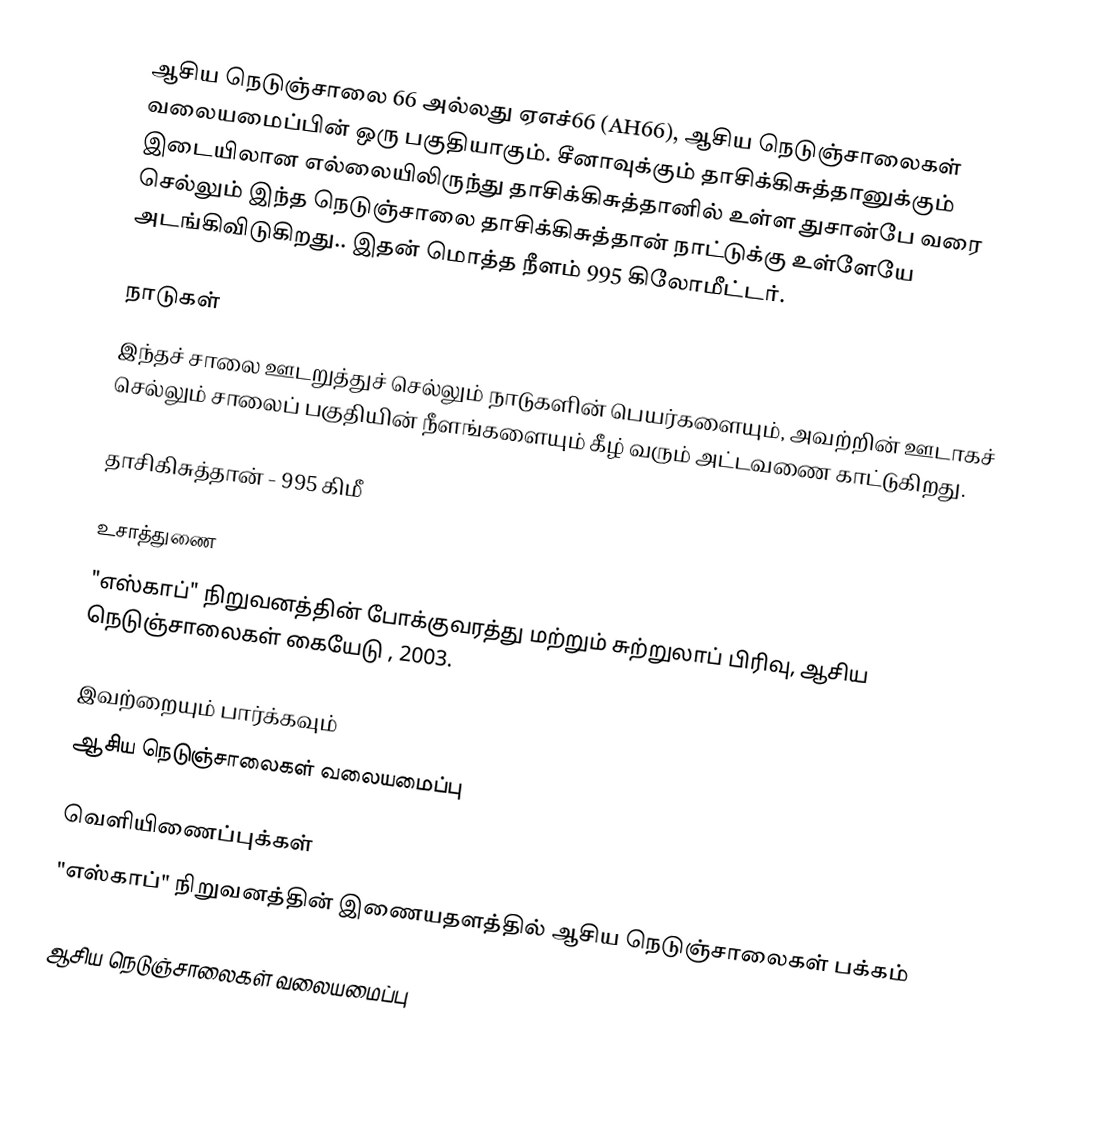
ஆசிய நெடுஞ்சாலை 66 அல்லது ஏஎச்66 (AH66), ஆசிய நெடுஞ்சாலைகள் வலையமைப்பின் ஒரு பகுதியாகும். சீனாவுக்கும் தாசிக்கிசுத்தானுக்கும் இடையிலான எல்லையிலிருந்து தாசிக்கிசுத்தானில் உள்ள துசான்பே வரை செல்லும் இந்த நெடுஞ்சாலை தாசிக்கிசுத்தான் நாட்டுக்கு உள்ளேயே அடங்கிவிடுகிறது.. இதன் மொத்த நீளம் 995 கிலோமீட்டர்.

நாடுகள்
இந்தச் சாலை ஊடறுத்துச் செல்லும் நாடுகளின் பெயர்களையும், அவற்றின் ஊடாகச் செல்லும் சாலைப் பகுதியின் நீளங்களையும் கீழ் வரும் அட்டவணை காட்டுகிறது.

 தாசிகிசுத்தான் - 995 கிமீ

உசாத்துணை
 "எஸ்காப்" நிறுவனத்தின் போக்குவரத்து மற்றும் சுற்றுலாப் பிரிவு, ஆசிய நெடுஞ்சாலைகள் கையேடு , 2003.

இவற்றையும் பார்க்கவும்
 ஆசிய நெடுஞ்சாலைகள் வலையமைப்பு

வெளியிணைப்புக்கள்
 "எஸ்காப்" நிறுவனத்தின் இணையதளத்தில் ஆசிய நெடுஞ்சாலைகள் பக்கம்

 ஆசிய நெடுஞ்சாலைகள் வலையமைப்பு